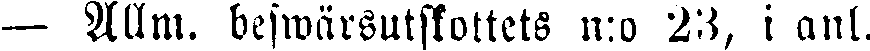
— Allm. beswärsutskottets n:o 23, i anl.